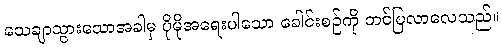
သေချာသွားသောအခါမှ ပိုမိုအရေးပါသော ခေါင်းစဉ်ကို တင်ပြလာလေသည်။